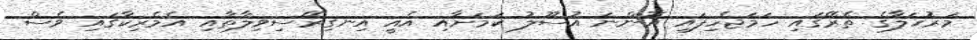
މަރުހަލާގެ ތެރޭގައި ހަމަޖެހިފައި އޮންނަ އުސޫލު ކަމަށާއި އެއީ އިނގިރޭސިވިލާތާއި އެމެރިކާގައި ވެސް